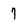
Character: 7